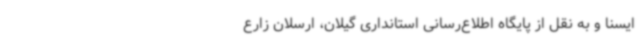
ایسنا و به نقل از پایگاه اطلاع‌رسانی استانداری گیلان، ارسلان زارع